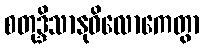
စတုဒ္ဒိသာနုဝိလောကေတွာ